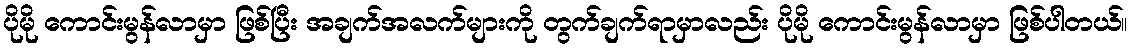
ပိုမို ကောင်းမွန်လာမှာ ဖြစ်ပြီး အချက်အလက်များကို တွက်ချက်ရာမှာလည်း ပိုမို ကောင်းမွန်လာမှာ ဖြစ်ပါတယ်။